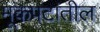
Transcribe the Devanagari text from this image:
मूकपटांतील